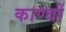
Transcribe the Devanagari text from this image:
काण्वों